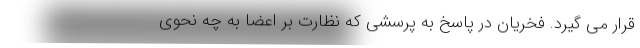
قرار می گیرد. فخریان در پاسخ به پرسشی که نظارت بر اعضا به چه نحوی